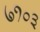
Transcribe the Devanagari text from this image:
७१०३